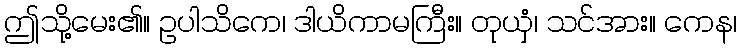
ဤသို့မေး၏။ ဥပါသိကေ၊ ဒါယိကာမကြီး။ တုယှံ၊ သင်အား။ ကေန၊